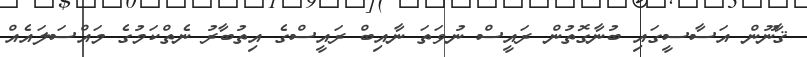
ޤާނޫން އަސާސީގައި ބުނާގޮތުން ރައީސް ނުވަަތަ ނާއިބް ރައީސްގެ އިތުބާރު ނެތްކަމުގެ މައްސަލައެއް